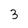
Character: 3